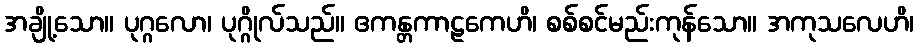
အချို့သော။ ပုဂ္ဂလော၊ ပုဂ္ဂိုလ်သည်။ ဧကန္တကာဠကေဟိ၊ စစ်စင်မည်းကုန်သော။ အကုသလေဟိ၊